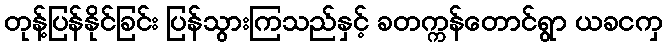
တုန့်ပြန်နိုင်ခြင်း ပြန်သွားကြသည်နှင့် ခတက္ကန်တောင်ရွာ ယခငကှ